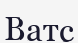
Ватс